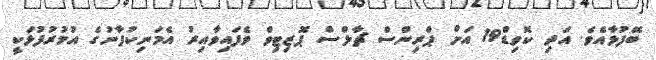
ބޭފުޅާއެވެ. އަދި ކޮވިޑް19 އަށް ޕްރިންސް ޗާލްސް ޕޮޒިޓިވް ވެފައިވާއިރު އެމަނިކުފާނުގެ އުމުރުފުޅަކީ